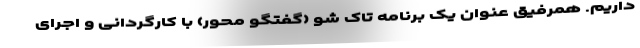
داریم. همرفیق عنوان یک برنامه تاک شو (گفتگو محور) با کارگردانی و اجرای